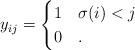
LaTeX: \begin{align*}y_{ij} = \begin{cases} 1 & \sigma(i) < j \\ 0 & .\end{cases}\end{align*}